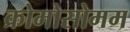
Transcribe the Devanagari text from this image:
क्रोमोसोमम